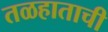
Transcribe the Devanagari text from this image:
तळहाताची